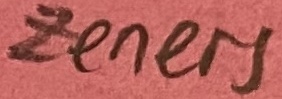
Text: zeners